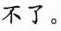
不了。